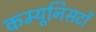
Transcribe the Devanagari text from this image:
कम्यूनिसटों